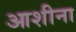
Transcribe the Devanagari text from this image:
आशीना